Vaccine operations Central Provinces 1868-1885 - 1868-1885
Year: 1868
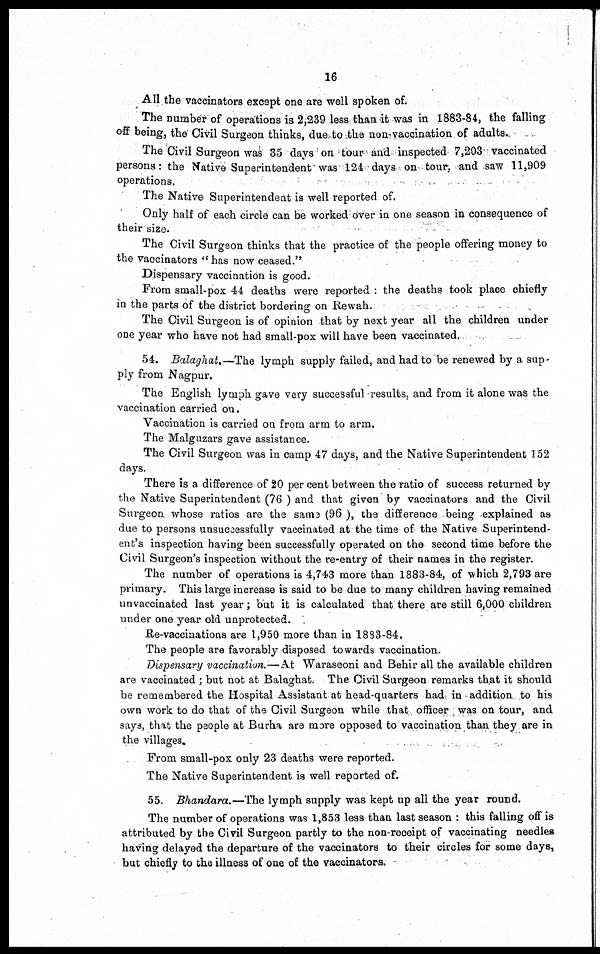
16
All the vaccinators except one are well spoken of.
The number of operations is 2,239 less than it was in 1883-84, the falling
off being, the Civil Surgeon thinks, due to the non-vaccination of adults..
The Civil Surgeon was 35 days on tour and inspected 7,203 vaccinated
persons: the Native Superintendent was 124 days on tour, and saw 11,909
operations.
The Native Superintendent is well reported of.
Only half of each circle can be worked over in one season in consequence of
their size.
The Civil Surgeon thinks that the practice of the people offering money to
the vaccinators " has now ceased."
Dispensary vaccination is good.
From small-pox 44 deaths were reported : the deaths took place chiefly
in the parts of the district bordering on Rewah.
The Civil Surgeon is of opinion that by next year all the children under
one year who have not had small-pox will have been vaccinated.
54. Balaghat.—The lymph supply failed, and had to be renewed by a sup-
ply from Nagpur.
The English lymph gave very successful results, and from it alone was the
vaccination carried on.
Vaccination is carried on from arm to arm.
The Malguzars gave assistance.
The Civil Surgeon was in camp 47 days, and the Native Superintendent 152
days.
There is a difference of 20 per cent between the ratio of success returned by
the Native Superintendent (76 ) and that given by vaccinators and the Civil
Surgeon whose ratios are the same (96 ), the difference being explained as
due to persons unsuccessfully vaccinated at the time of the Native Superintend-
ent's inspection having been successfully operated on the second time before the
Civil Surgeon's inspection without the re-entry of their names in the register.
The number of operations is 4,743 more than 1883-84, of which 2,793 are
primary. This large increase is said to be due to many children having remained
unvaccinated last year; but it is calculated that there are still 6,000 children
under one year old unprotected.
Re-vaccinations are 1,950 more than in 1883-84.
The people are favorably disposed towards vaccination.
Dispensary vaccination.—At Waraseoni and Behir all the available children
are vaccinated ; but not at Balaghat. The Civil Surgeon remarks that it should
be remembered the Hospital Assistant at head-quarters had, in addition to his
own work to do that of the Civil Surgeon while that officer was on tour, and
says, that the people at Burha are more opposed to vaccination than they are in
the villages.
From small-pox only 23 deaths were reported.
The Native Superintendent is well reported of.
55. Bhandara.—The lymph supply was kept up all the year round.
The number of operations was 1,853 less than last season : this falling off is
attributed by the Civil Surgeon partly to the non-receipt of vaccinating needles
having delayed the departure of the vaccinators to their circles for some days,
but chiefly to the illness of one of the vaccinators.